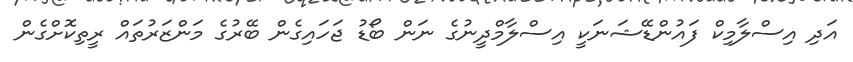
އަދި އިސްލާމިކް ފައުންޑޭޝަނަކީ އިސްލާމްދީނުގެ ނަން ބޯޑު ޖަހައިގެން ބޭރުގެ މަންޒަރުތައް ރީތިކޮށްގެން